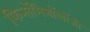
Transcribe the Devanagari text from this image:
फिनॉमिनॉलॉजी